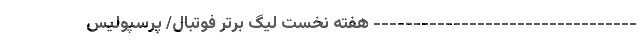
--------------------------------- هفته نخست لیگ برتر فوتبال/ پرسپولیس